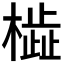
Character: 𬄢